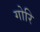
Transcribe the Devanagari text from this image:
गोरि